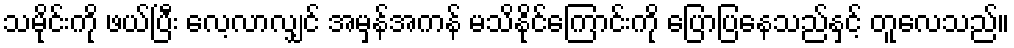
သမိုင်းကို ဖယ်ပြီး လေ့လာလျှင် အမှန်အကန် မသိနိုင်ကြောင်းကို ပြောပြနေသည်နှင့် တူလေသည်။